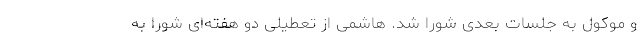
و موکول به جلسات بعدی شورا شد. هاشمی از تعطیلی دو هفته‌ای شورا به